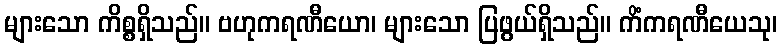
များသော ကိစ္စရှိသည်။ ဗဟုကရဏီယော၊ များသော ပြဖွယ်ရှိသည်။ ကိံကရဏီယေသု၊